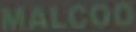
MALCOO